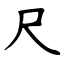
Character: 尺